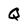
Character: Q